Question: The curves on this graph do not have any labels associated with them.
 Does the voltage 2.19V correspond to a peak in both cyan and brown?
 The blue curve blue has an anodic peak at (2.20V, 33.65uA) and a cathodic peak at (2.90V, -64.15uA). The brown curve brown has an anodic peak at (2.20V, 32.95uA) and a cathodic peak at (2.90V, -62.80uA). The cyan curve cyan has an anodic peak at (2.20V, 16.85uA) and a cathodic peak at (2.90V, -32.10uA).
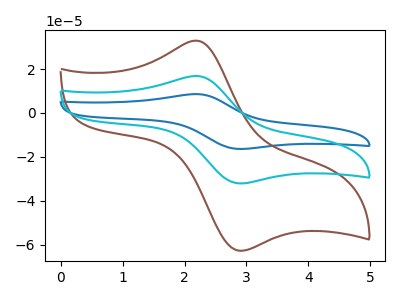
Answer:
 <answer>Yes, "cyan" and "brown" share a peak at 2.19V.</answer>
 <eval>match</eval>